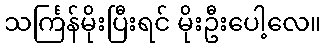
သင်္ကြန်မိုးပြီးရင် မိုးဦးပေါ့လေ။